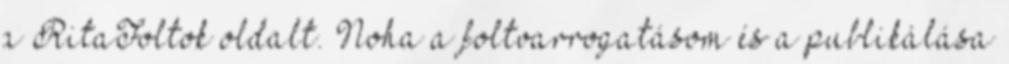
a RitaFoltok oldalt. Noha a foltvarrogatásom és a publikálása